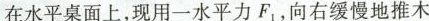
在水平桌面上，现用一水平力F，向右缓慢地推木